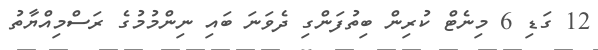
12 ގަޑި 6 މިނެޓް ކުރިން ބިތުފަންގި ދެވަނަ ބައި ނިންމުމުގެ ރަސްމިއްޔާތު